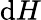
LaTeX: \mathrm{d}H